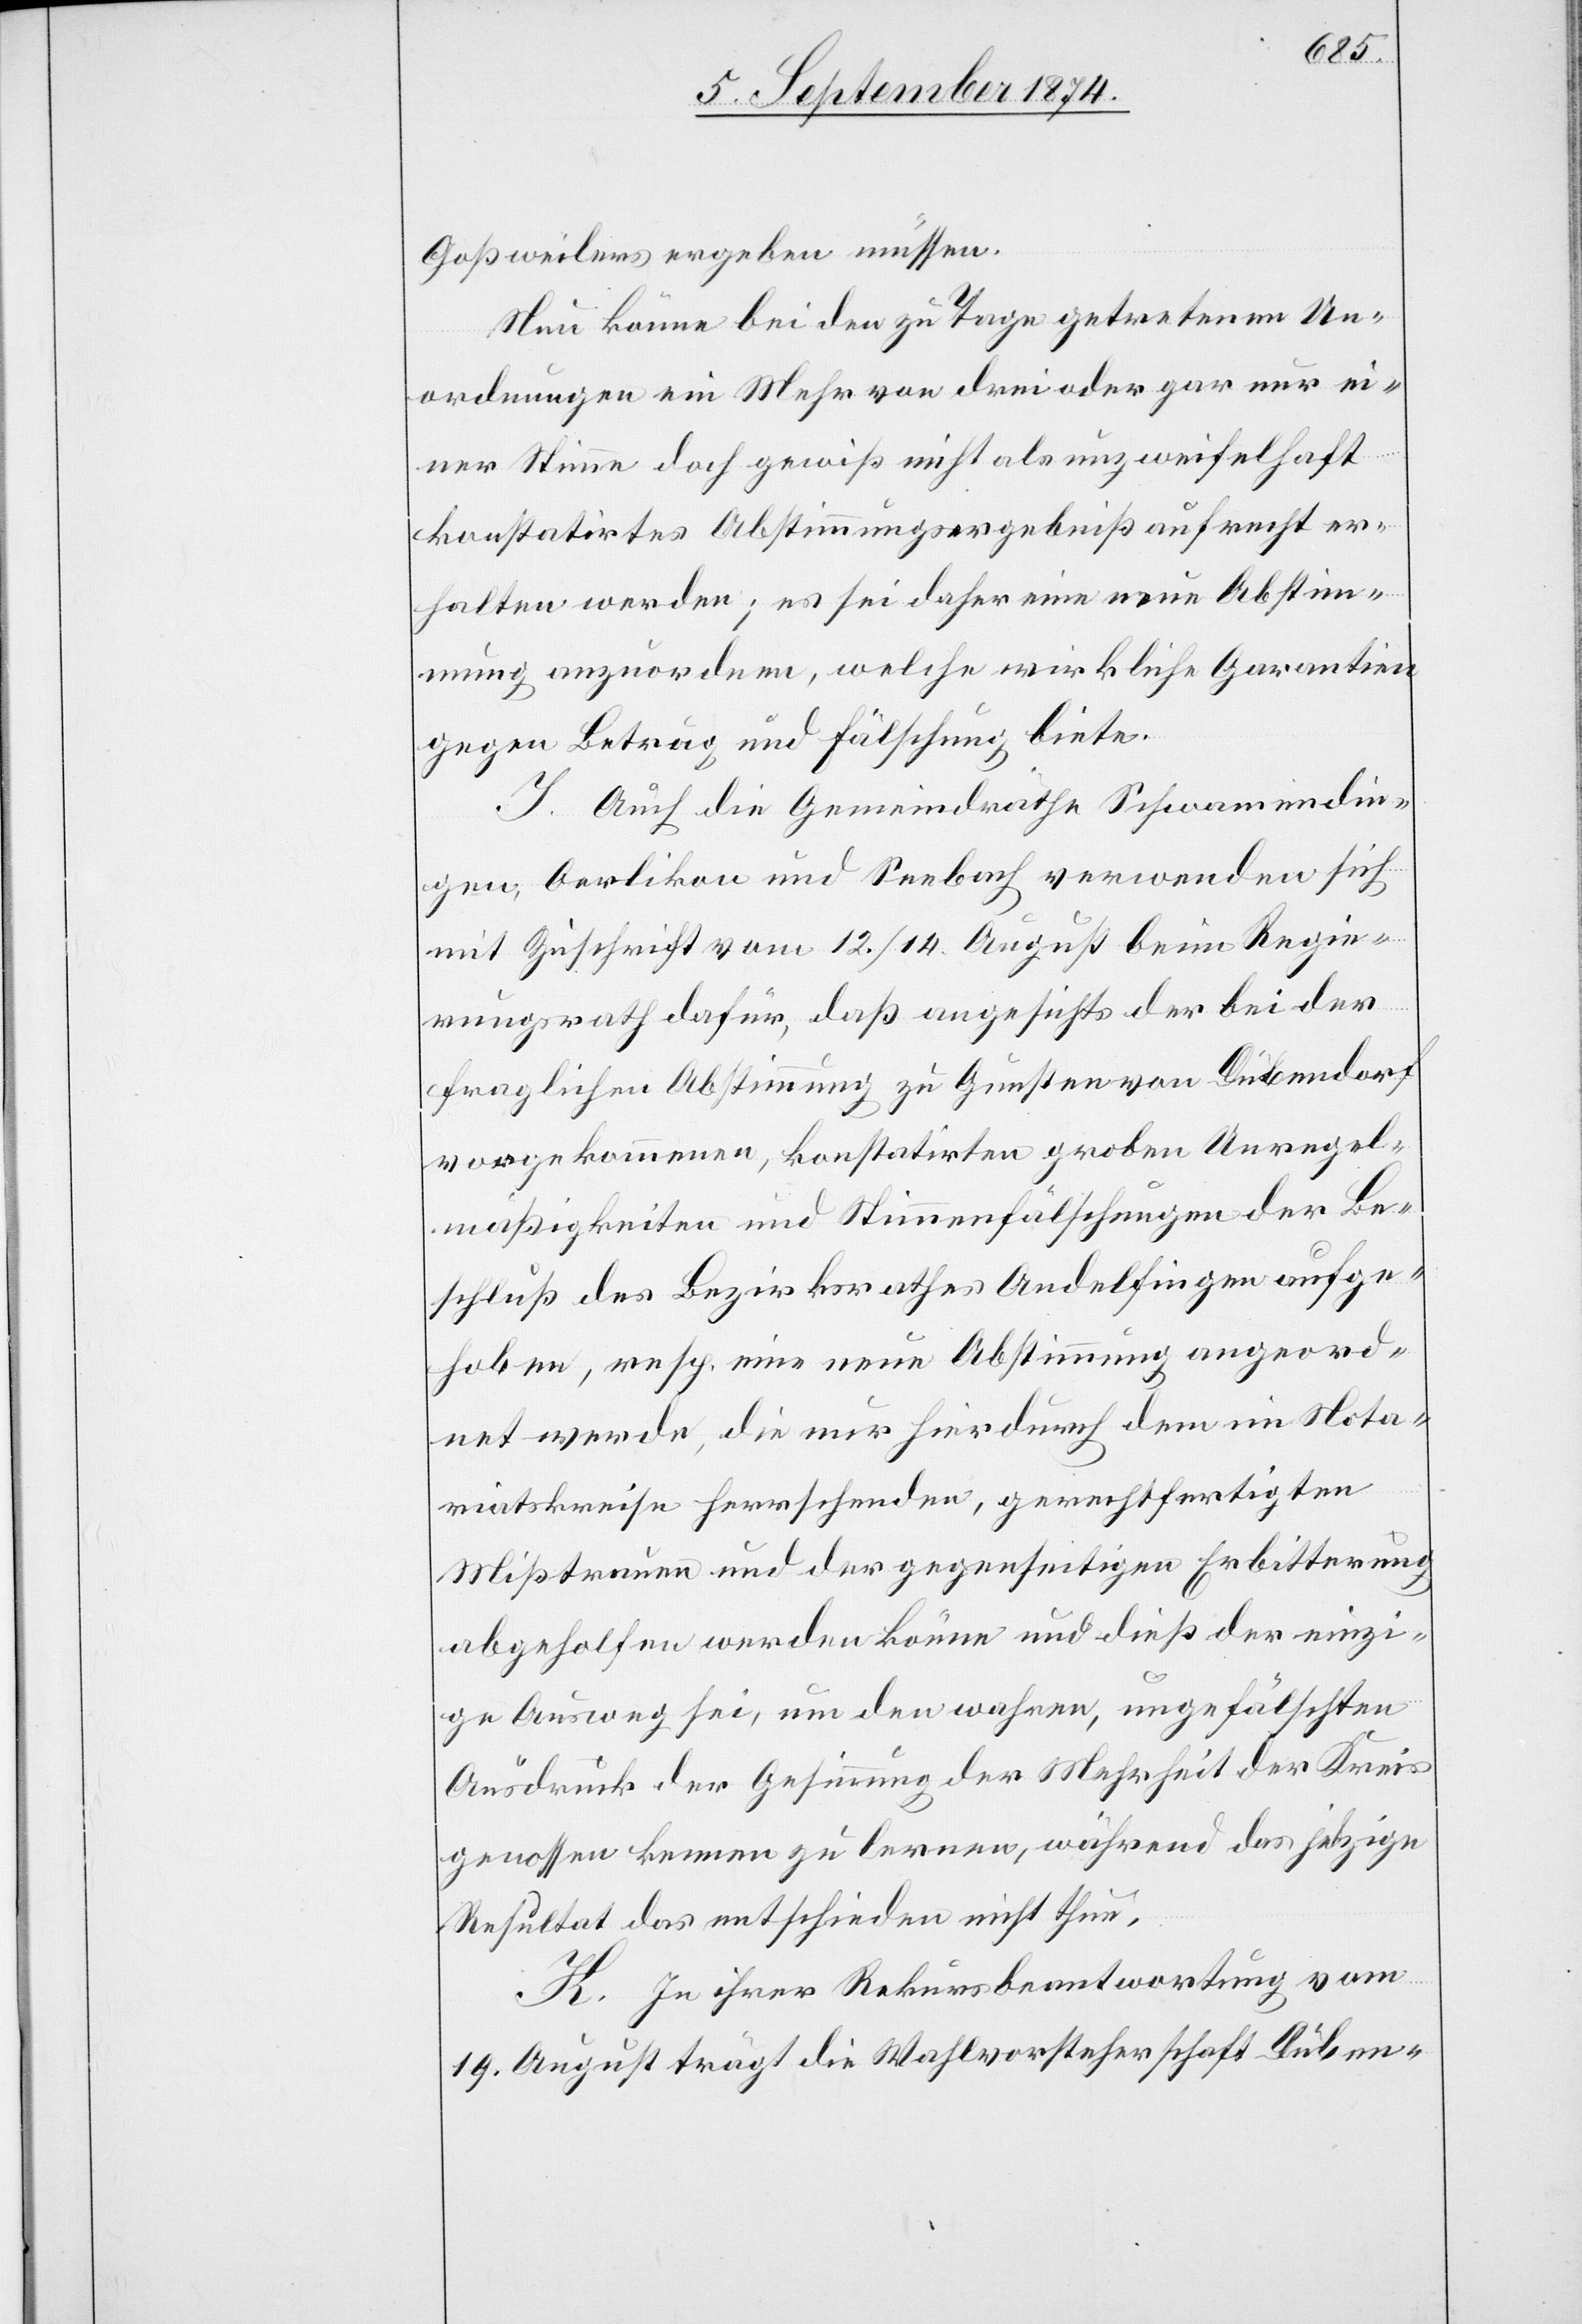
Goßweilers ergeben müssen.
Nun könne bei den zu Tage getretenen Un¬
ordnungen ein Mehr von drei oder gar nur ei¬
ner Stimme doch gewiß nicht als unzweifelhaft
konstatirtes Abstimmungsergebniß aufrecht er¬
halten werden; es sei daher eine neue Abstim¬
mung anzuordnen, welche wirkliche Garantien
gegen Betrug und Fälschung biete.
I. Auch die Gemeindräthe Schwamendin¬
gen, Oerlikon und Seebach verwenden sich
mit Zuschrift vom 12./14. August beim Regie¬
rungsrath dafür, daß angesichts der bei der
fraglichen Abstimmung zu Gunsten von Dübendorf
vorgekommenen, konstatirten groben Unregel¬
mäßigkeiten und Stimmenfälschungen der Be¬
schluß des Bezirksrathes Andelfingen aufge¬
hoben, resp. eine neue Abstimmung angeord¬
net werde, die nur hierdurch dem im Nota¬
riatskreise herrschenden, gerechtfertigten
Mißtrauen und der gegenseitigen Erbitterung
abgeholfen werden könne und dieß der einzi¬
ge Ausweg sei, um den wahren, ungefälschten
Ausdruck der Gesinnung der Mehrheit der Kreis¬
genossen kennen zu lernen, während das jetzige
Resultat das entschieden nicht thue.
K. In ihrer Rekursbeantwortung vom
19. August trägt die Wahlvorsteherschaft Düben-